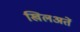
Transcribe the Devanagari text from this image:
खिलअतें